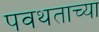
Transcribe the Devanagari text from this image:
पवथताच्या